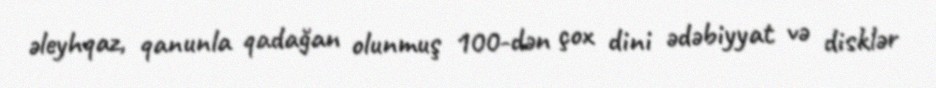
əleyhqaz, qanunla qadağan olunmuş 100-dən çox dini ədəbiyyat və disklər